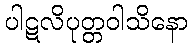
ပါဋလိပုတ္တဝါသိနော